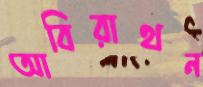
আবিরাথন